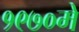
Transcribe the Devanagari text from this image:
१९७०मे